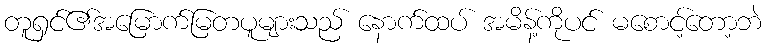
တူရှင်၏အမြောက်မြတပူများသည် နောက်ထပ် အမိန့်ကိုပင် မစောင့်တော့ဘဲ